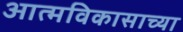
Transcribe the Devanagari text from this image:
आत्मविकासाच्या